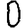
Digit: 0